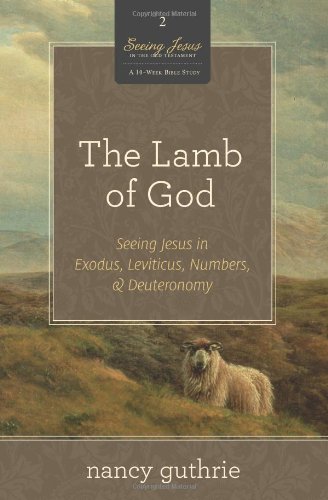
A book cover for The Lamb of God (A 10-week Bible Study): Seeing Jesus in Exodus, Leviticus, Numbers, and Deuteronomy (Seeing Jesus in the Old Testament); Nancy Guthrie; Christian Books & Bibles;